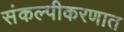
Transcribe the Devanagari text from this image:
संकल्पीकरणात